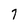
Character: 7